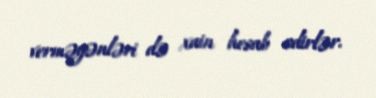
verməyənləri də xain hesab edirlər.